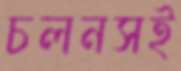
চলনসই